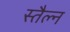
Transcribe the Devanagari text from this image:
स्तैल्न